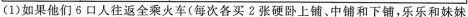
（1）如果他们6口人往返全乘火车（每次各买2张硬卧上铺、中铺和下铺，乐乐和妹妹